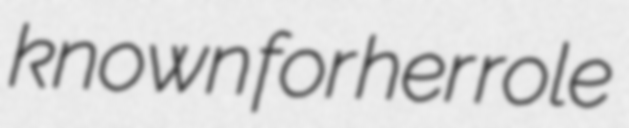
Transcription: known for her role